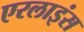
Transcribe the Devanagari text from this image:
एरलाइंस